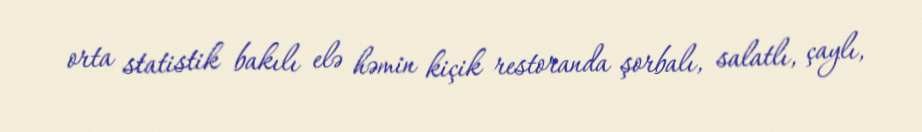
orta statistik bakılı elə həmin kiçik restoranda şorbalı, salatlı, çaylı,